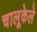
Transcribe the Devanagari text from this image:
चालूकेले